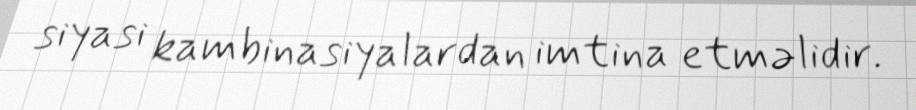
siyasi kambinasiyalardan imtina etməlidir.